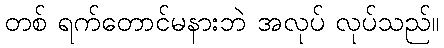
တစ် ရက်တောင်မနားဘဲ အလုပ် လုပ်သည်။